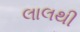
લાલથી